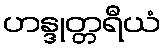
ဟန္ဒုတ္တရီယံ